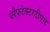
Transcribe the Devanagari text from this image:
प्लैफरेक्टरटीएम